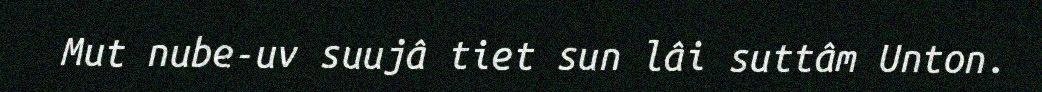
Mut nube-uv suujâ tiet sun lâi suttâm Unton.